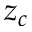
z _ { c }